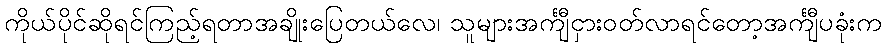
ကိုယ်ပိုင်ဆိုရင်ကြည့်ရတာအချိုးပြေတယ်လေ၊ သူများအင်္ကျီငှားဝတ်လာရင်တော့အင်္ကျီပခုံးက